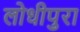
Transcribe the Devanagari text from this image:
लोधीपुरा